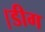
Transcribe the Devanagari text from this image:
।डीग